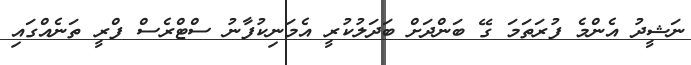
ނަޝީދު އެންމެ ފުރަތަމަ ގޭ ބަންދަށް ބަދަލުކުރީ އެމަނިކުފާނު ސްޓްރެސް ފްރީ ތަނެއްގައި